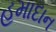
હમાદાન